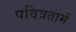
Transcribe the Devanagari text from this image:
पवित्रतामें